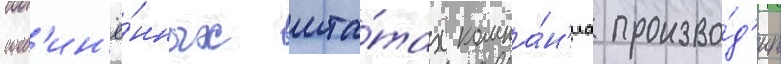
соед'ин'ё́нных шта́тах компа́н'иа произво́д'ит